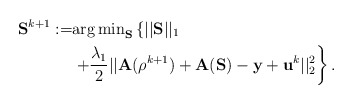
\begin{align*}\mathbf{S}^{k+1} := &{\arg \min}_{\mathbf{S}} \left\{||\mathbf{S}||_1 \right. \\ &\left. +\frac{\lambda_1}{2}||\mathbf{A}(\mathbf{\rho}^{k+1}) +\mathbf{A} (\mathbf{S})- \mathbf{y}+ \mathbf{u}^k||_2^2 \right\}.\end{align*}